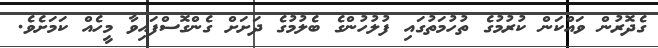
ގެދޮރުން ވައްކަން ކުރުމުގެ ތުހުމަތުގައި ފުލުހުންގެ ބެލުމުގެ ދަށަށް ގެންގޮސްފައިވާ މީހެއް ކަމަށެވެ.